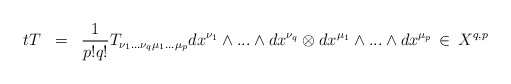
\begin{align*}t T \;\; =\;\; \frac{1}{p!q!}T_{\nu_1 ...\nu_q \mu_1 ...\mu_p} dx^{\nu_1}\wedge ...\wedge dx^{\nu_q} \otimes dx^{\mu_1}\wedge ...\wedge dx^{\mu_p} \, \in \, X^{q,p}\end{align*}